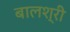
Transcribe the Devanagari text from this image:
बालश्री